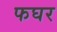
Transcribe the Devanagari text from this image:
फघर